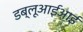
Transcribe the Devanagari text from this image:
डब्लूआईआई